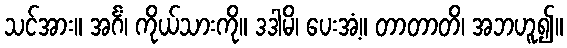
သင်အား။ အင်္ဂံ၊ ကိုယ်သားကို။ ဒဒါမိ၊ ပေးအံ့။ တာတာတိ၊ အဘဟူ၍။